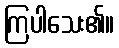
ကြပါသေး၏။